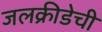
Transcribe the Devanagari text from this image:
जलक्रीडेची